65_HS1-834228961_62-HQ-83894_Section_4
Agency: FBI
Page 141
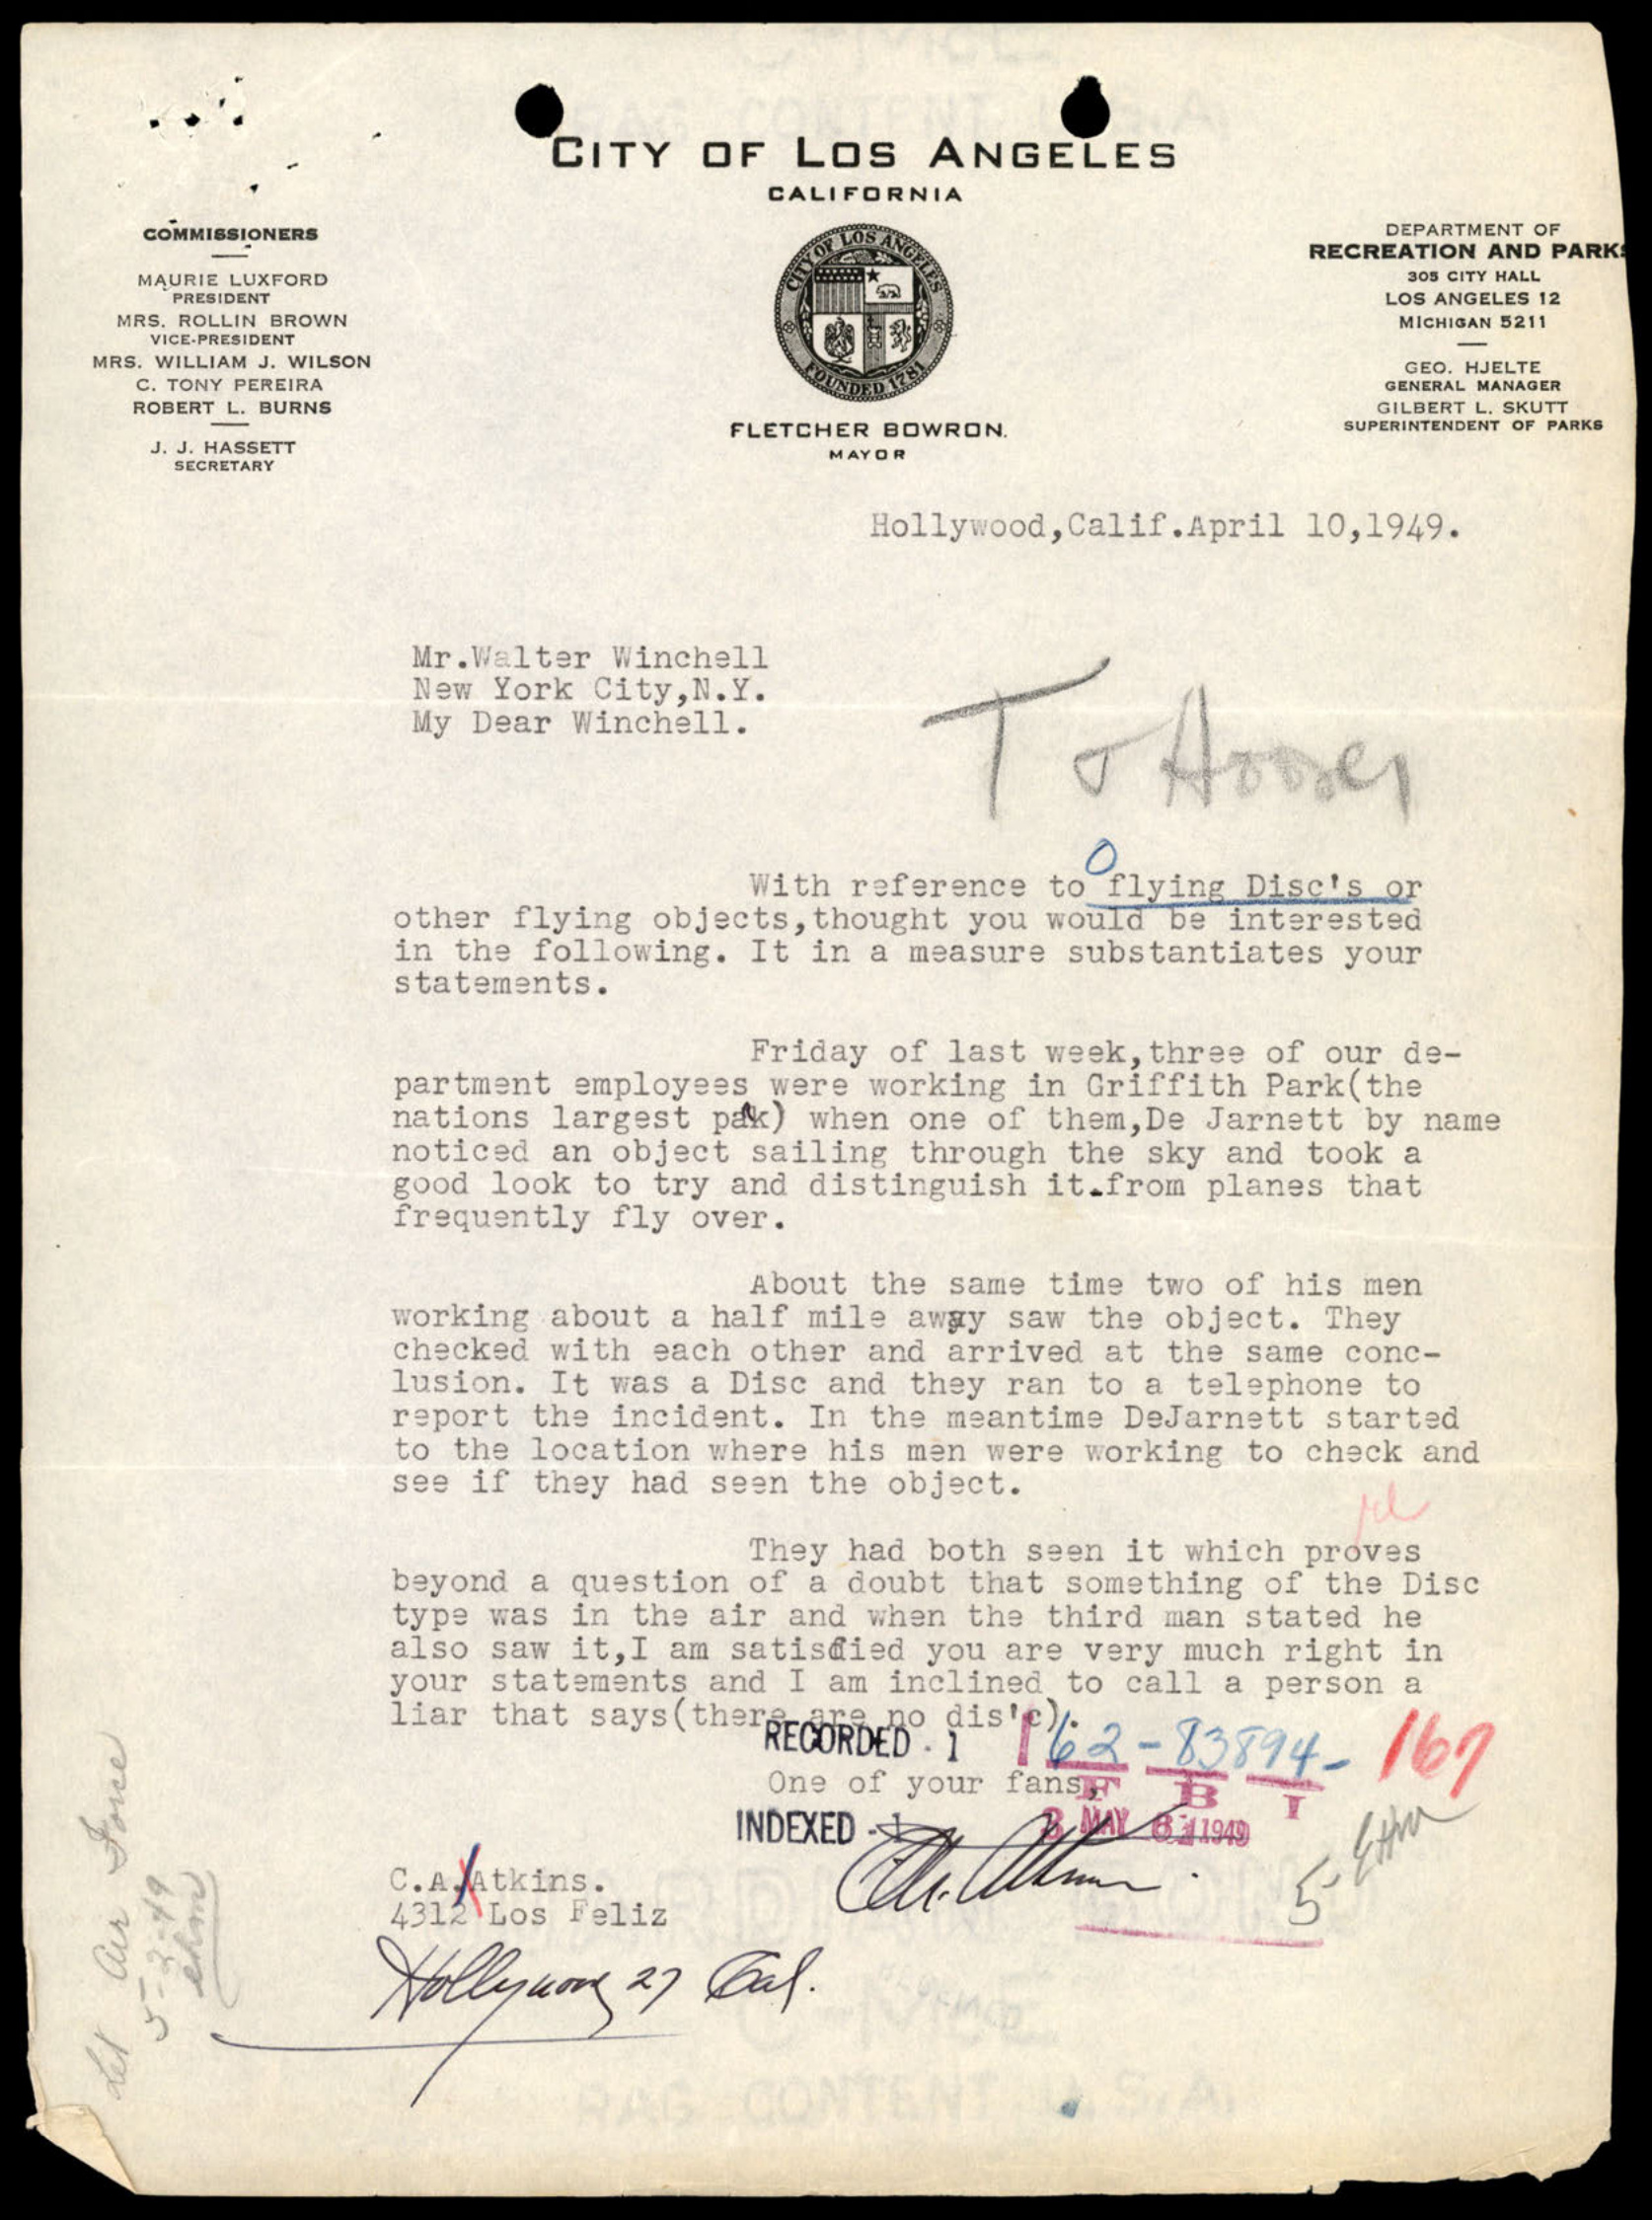